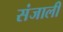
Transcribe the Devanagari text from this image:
संजाली